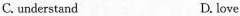
C.understand D. love